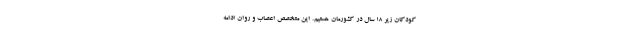
کودکان زیر ۱۸ سال در کشورمان هستیم. این متخصص اعصاب و روان ادامه